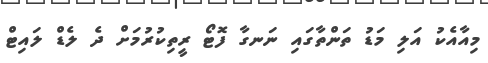
މިއާއެކު އަލި މަޑު ތަންތާގައި ނަނގާ ފޮޓޯ ރީތިކުރުމަށް ދެ ލެޑް ލައިޓް